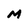
Character: M